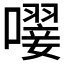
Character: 𡁕